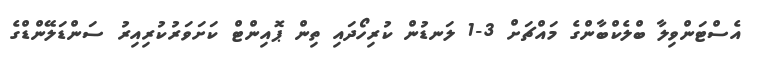
އެސްޓަންވިލާ ބްލެކްބާންގެ މައްޗަށް 3-1 ލަނޑުން ކުރިހޯދައި ތިން ޕޮއިންޓް ކަށަވަރުކުރިއިރު ސަންޑަލޭންޑްގެ